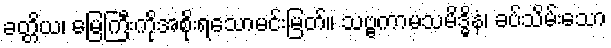
ခတ္တိယ၊ မြေကြီးကိုအစိုးရသောမင်းမြတ်။ သဗ္ဗကာမသမိဒ္ဓိနံ၊ ခပ်သိမ်းသော